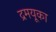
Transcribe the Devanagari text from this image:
द्रमयूका